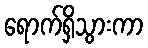
ရောက်ရှိသွားကာ